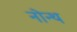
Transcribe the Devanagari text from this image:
नोन्थ